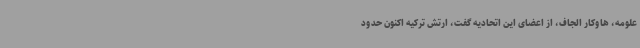
علومه، هاوکار الجاف، از اعضای این اتحادیه گفت، ارتش ترکیه اکنون حدود